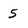
Character: 5